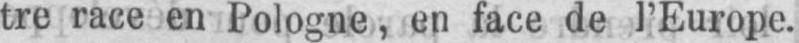
tre race en Pologne, en face de l’Europe.